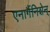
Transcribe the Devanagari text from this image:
एनार्गैनिशेन्